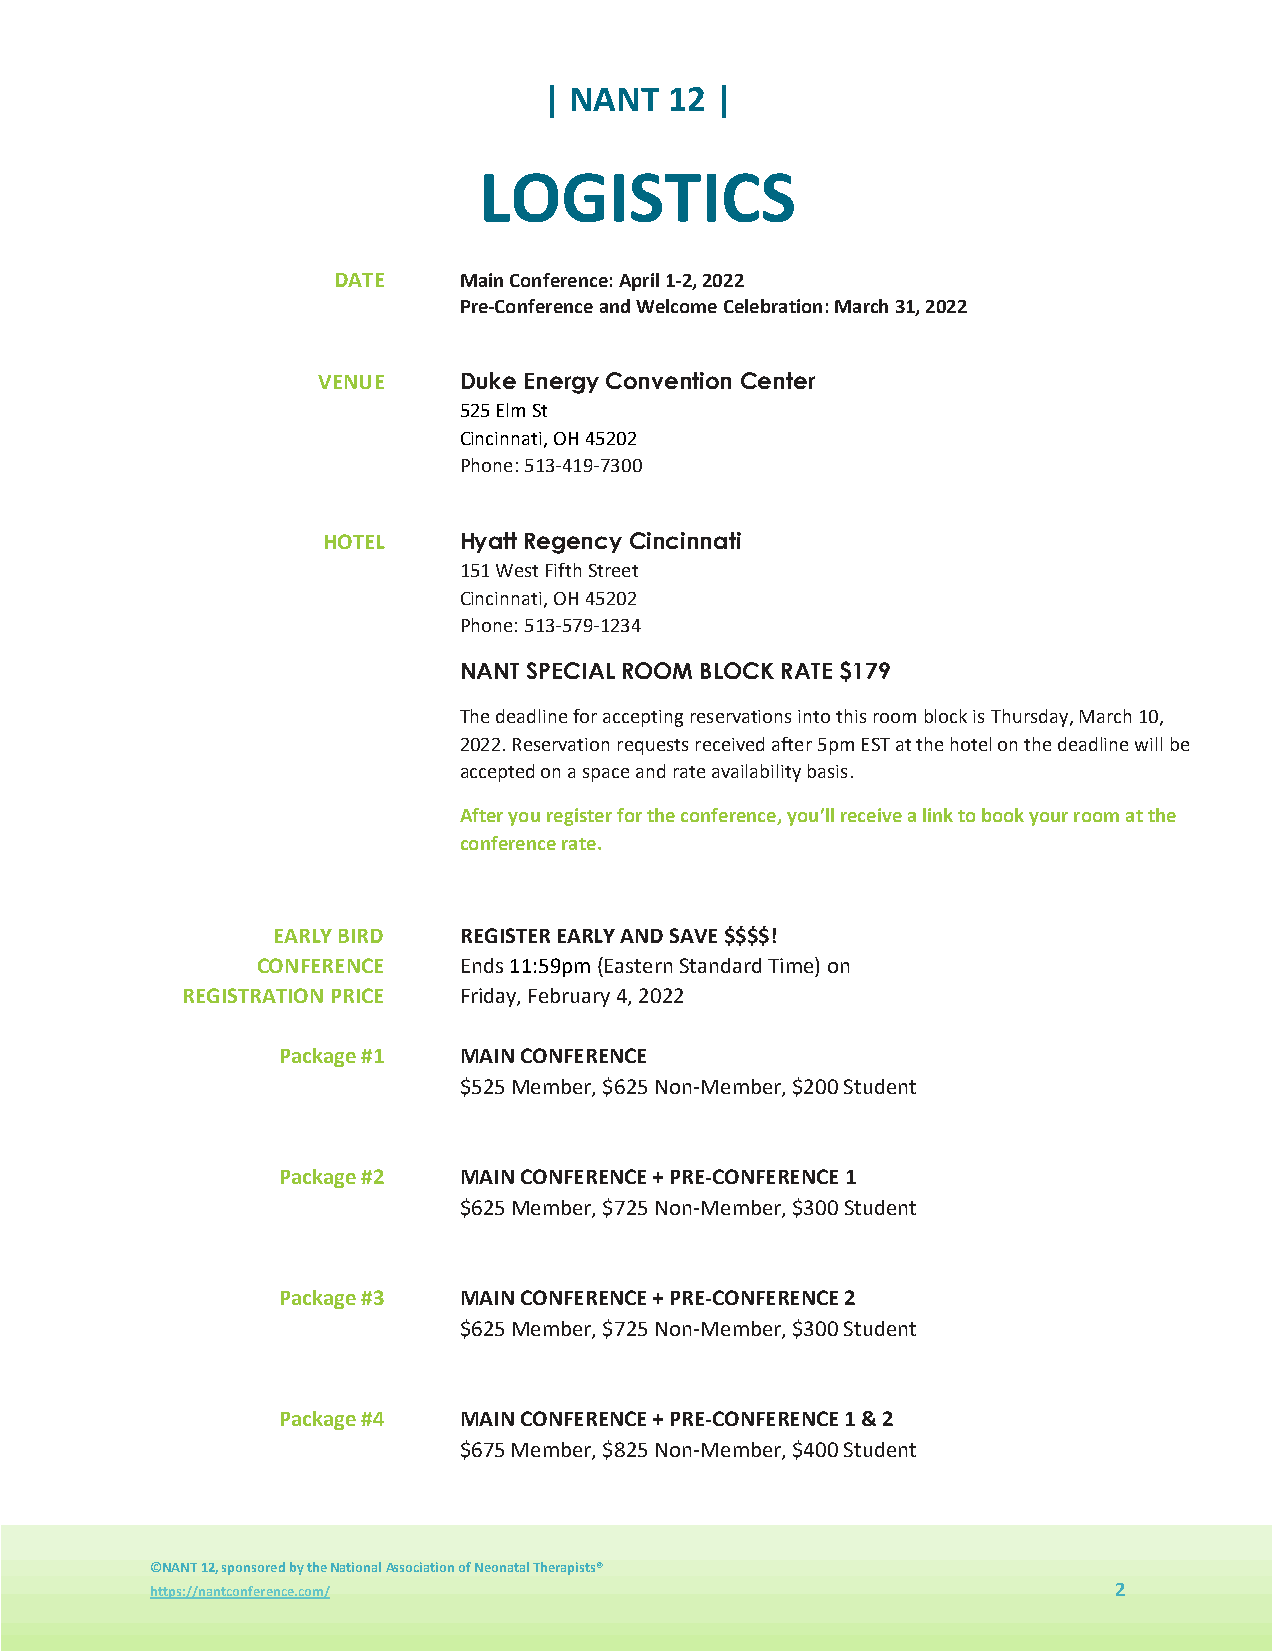
| NANT  12 |
 LOGISTICS
 DATE    Main Conference: April 1-2, 2022
 Pre-Conference and Welcome Celebration: March 31, 2022
 VENUE    Duke Energy Convention Center
 525 Elm St
 Cincinnati, OH 45202
 Phone: 513-419-7300
 HOTEL    Hyatt Regency Cincinnati
 151 West Fifth Street
 Cincinnati, OH 45202
 Phone: 513-579-1234
 NANT SPECIAL ROOM BLOCK RATE $179
 The deadline for accepting reservations into this room block is Thursday, March 10,
 2022. Reservation requests received after 5pm EST at the hotel on the deadline will be
 accepted on a space and rate availability basis.
 After you register for the conference, you’ll receive a link to book your room at the
 conference rate.
 EARLY BIRD  REGISTER EARLY AND SAVE $$$$!
 CONFERENCE   Ends 11:59pm (Eastern Standard Time) on
 REGISTRATION PRICE Friday, February 4, 2022
 Package #1  MAIN CONFERENCE
 $525 Member, $625 Non-Member, $200 Student
 Package #2  MAIN CONFERENCE + PRE-CONFERENCE 1
 $625 Member, $725 Non-Member, $300 Student
 Package #3  MAIN CONFERENCE + PRE-CONFERENCE 2
 $625 Member, $725 Non-Member, $300 Student
 Package #4  MAIN CONFERENCE + PRE-CONFERENCE 1 & 2
 $675 Member, $825 Non-Member, $400 Student
 ©NANT 12, sponsored by the National Association of Neonatal Therapists®
 https://nantconference.com/                                     2